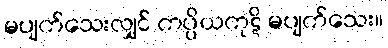
မပျက်သေးလျှင် ကပ္ပိယကုဋိ မပျက်သေး။